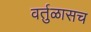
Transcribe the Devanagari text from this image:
वर्तुळासच